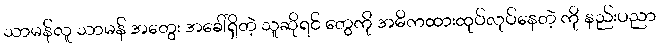
သာမန်လူ သာမန် အတွေး အခေါ်ရှိတဲ့ သူဆိုရင် တွေကို အဓိကထားထုပ်လုပ်နေတဲ့ ကို နည်းပညာ